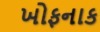
ખોફનાક